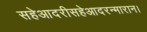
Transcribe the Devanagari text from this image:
सहेआदरीसहेआदरन्मारान।